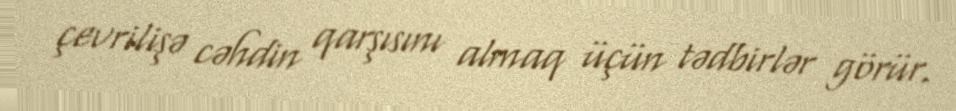
çevrilişə cəhdin qarşısını almaq üçün tədbirlər görür.